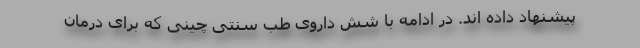
پیشنهاد داده اند. در ادامه با شش داروی طب سنتی چینی که برای درمان